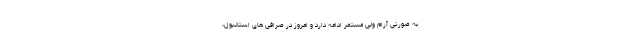
به صورتی آرام ولی مستمر ادامه دارد و امروز در صرافی های استانبول،